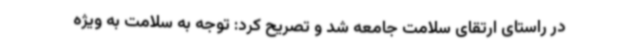
در راستای ارتقای سلامت جامعه شد و تصریح کرد: توجه به سلامت به ویژه